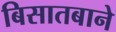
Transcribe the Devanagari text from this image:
बिसातबाने